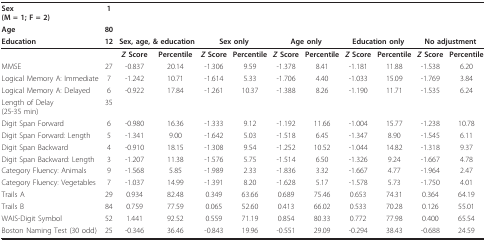
<table><thead><tr><td><b>Sex(M = 1; F = 2)</b></td><td><b>1</b></td><td></td><td></td><td></td><td></td><td></td><td></td><td></td><td></td><td></td><td></td></tr><tr><td><b>Age</b></td><td><b>80</b></td><td></td><td></td><td></td><td></td><td></td><td></td><td></td><td></td><td></td><td></td></tr><tr><td><b>Education</b></td><td><b>12</b></td><td colspan="2"><b>Sex, age, &amp; education</b></td><td colspan="2"><b>Sex only</b></td><td colspan="2"><b>Age only</b></td><td colspan="2"><b>Education only</b></td><td colspan="2"><b>No adjustment</b></td></tr></thead><tbody><tr><td></td><td></td><td><b><i>Z </i>Score</b></td><td><b>Percentile</b></td><td><b><i>Z </i>Score</b></td><td><b>Percentile</b></td><td><b><i>Z </i>Score</b></td><td><b>Percentile</b></td><td><b><i>Z </i>Score</b></td><td><b>Percentile</b></td><td><b><i>Z </i>Score</b></td><td><b>Percentile</b></td></tr><tr><td>MMSE</td><td>27</td><td>-0.837</td><td>20.14</td><td>-1.306</td><td>9.59</td><td>-1.378</td><td>8.41</td><td>-1.181</td><td>11.88</td><td>-1.538</td><td>6.20</td></tr><tr><td>Logical Memory A: Immediate</td><td>7</td><td>-1.242</td><td>10.71</td><td>-1.614</td><td>5.33</td><td>-1.706</td><td>4.40</td><td>-1.033</td><td>15.09</td><td>-1.769</td><td>3.84</td></tr><tr><td>Logical Memory A: Delayed</td><td>6</td><td>-0.922</td><td>17.84</td><td>-1.261</td><td>10.37</td><td>-1.388</td><td>8.26</td><td>-1.190</td><td>11.71</td><td>-1.535</td><td>6.24</td></tr><tr><td>Length of Delay(25-35 min)</td><td>35</td><td></td><td></td><td></td><td></td><td></td><td></td><td></td><td></td><td></td><td></td></tr><tr><td>Digit Span Forward</td><td>6</td><td>-0.980</td><td>16.36</td><td>-1.333</td><td>9.12</td><td>-1.192</td><td>11.66</td><td>-1.004</td><td>15.77</td><td>-1.238</td><td>10.78</td></tr><tr><td>Digit Span Forward: Length</td><td>5</td><td>-1.341</td><td>9.00</td><td>-1.642</td><td>5.03</td><td>-1.518</td><td>6.45</td><td>-1.347</td><td>8.90</td><td>-1.545</td><td>6.11</td></tr><tr><td>Digit Span Backward</td><td>4</td><td>-0.910</td><td>18.15</td><td>-1.308</td><td>9.54</td><td>-1.252</td><td>10.52</td><td>-1.044</td><td>14.82</td><td>-1.318</td><td>9.37</td></tr><tr><td>Digit Span Backward: Length</td><td>3</td><td>-1.207</td><td>11.38</td><td>-1.576</td><td>5.75</td><td>-1.514</td><td>6.50</td><td>-1.326</td><td>9.24</td><td>-1.667</td><td>4.78</td></tr><tr><td>Category Fluency: Animals</td><td>9</td><td>-1.568</td><td>5.85</td><td>-1.989</td><td>2.33</td><td>-1.836</td><td>3.32</td><td>-1.667</td><td>4.77</td><td>-1.964</td><td>2.47</td></tr><tr><td>Category Fluency: Vegetables</td><td>7</td><td>-1.037</td><td>14.99</td><td>-1.391</td><td>8.20</td><td>-1.628</td><td>5.17</td><td>-1.578</td><td>5.73</td><td>-1.750</td><td>4.01</td></tr><tr><td>Trails A</td><td>29</td><td>0.934</td><td>82.48</td><td>0.349</td><td>63.66</td><td>0.689</td><td>75.46</td><td>0.653</td><td>74.31</td><td>0.364</td><td>64.19</td></tr><tr><td>Trails B</td><td>84</td><td>0.759</td><td>77.59</td><td>0.065</td><td>52.60</td><td>0.413</td><td>66.02</td><td>0.533</td><td>70.28</td><td>0.126</td><td>55.01</td></tr><tr><td>WAIS-Digit Symbol</td><td>52</td><td>1.441</td><td>92.52</td><td>0.559</td><td>71.19</td><td>0.854</td><td>80.33</td><td>0.772</td><td>77.98</td><td>0.400</td><td>65.54</td></tr><tr><td>Boston Naming Test (30 odd)</td><td>25</td><td>-0.346</td><td>36.46</td><td>-0.843</td><td>19.96</td><td>-0.551</td><td>29.09</td><td>-0.294</td><td>38.43</td><td>-0.688</td><td>24.59</td></tr></tbody></table>